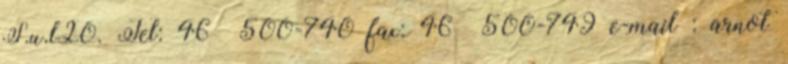
S.u.l20. Tel: 46 500-740 fax: 46 500-749 e-mail : arnot